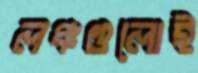
লঞ্চগুলোই